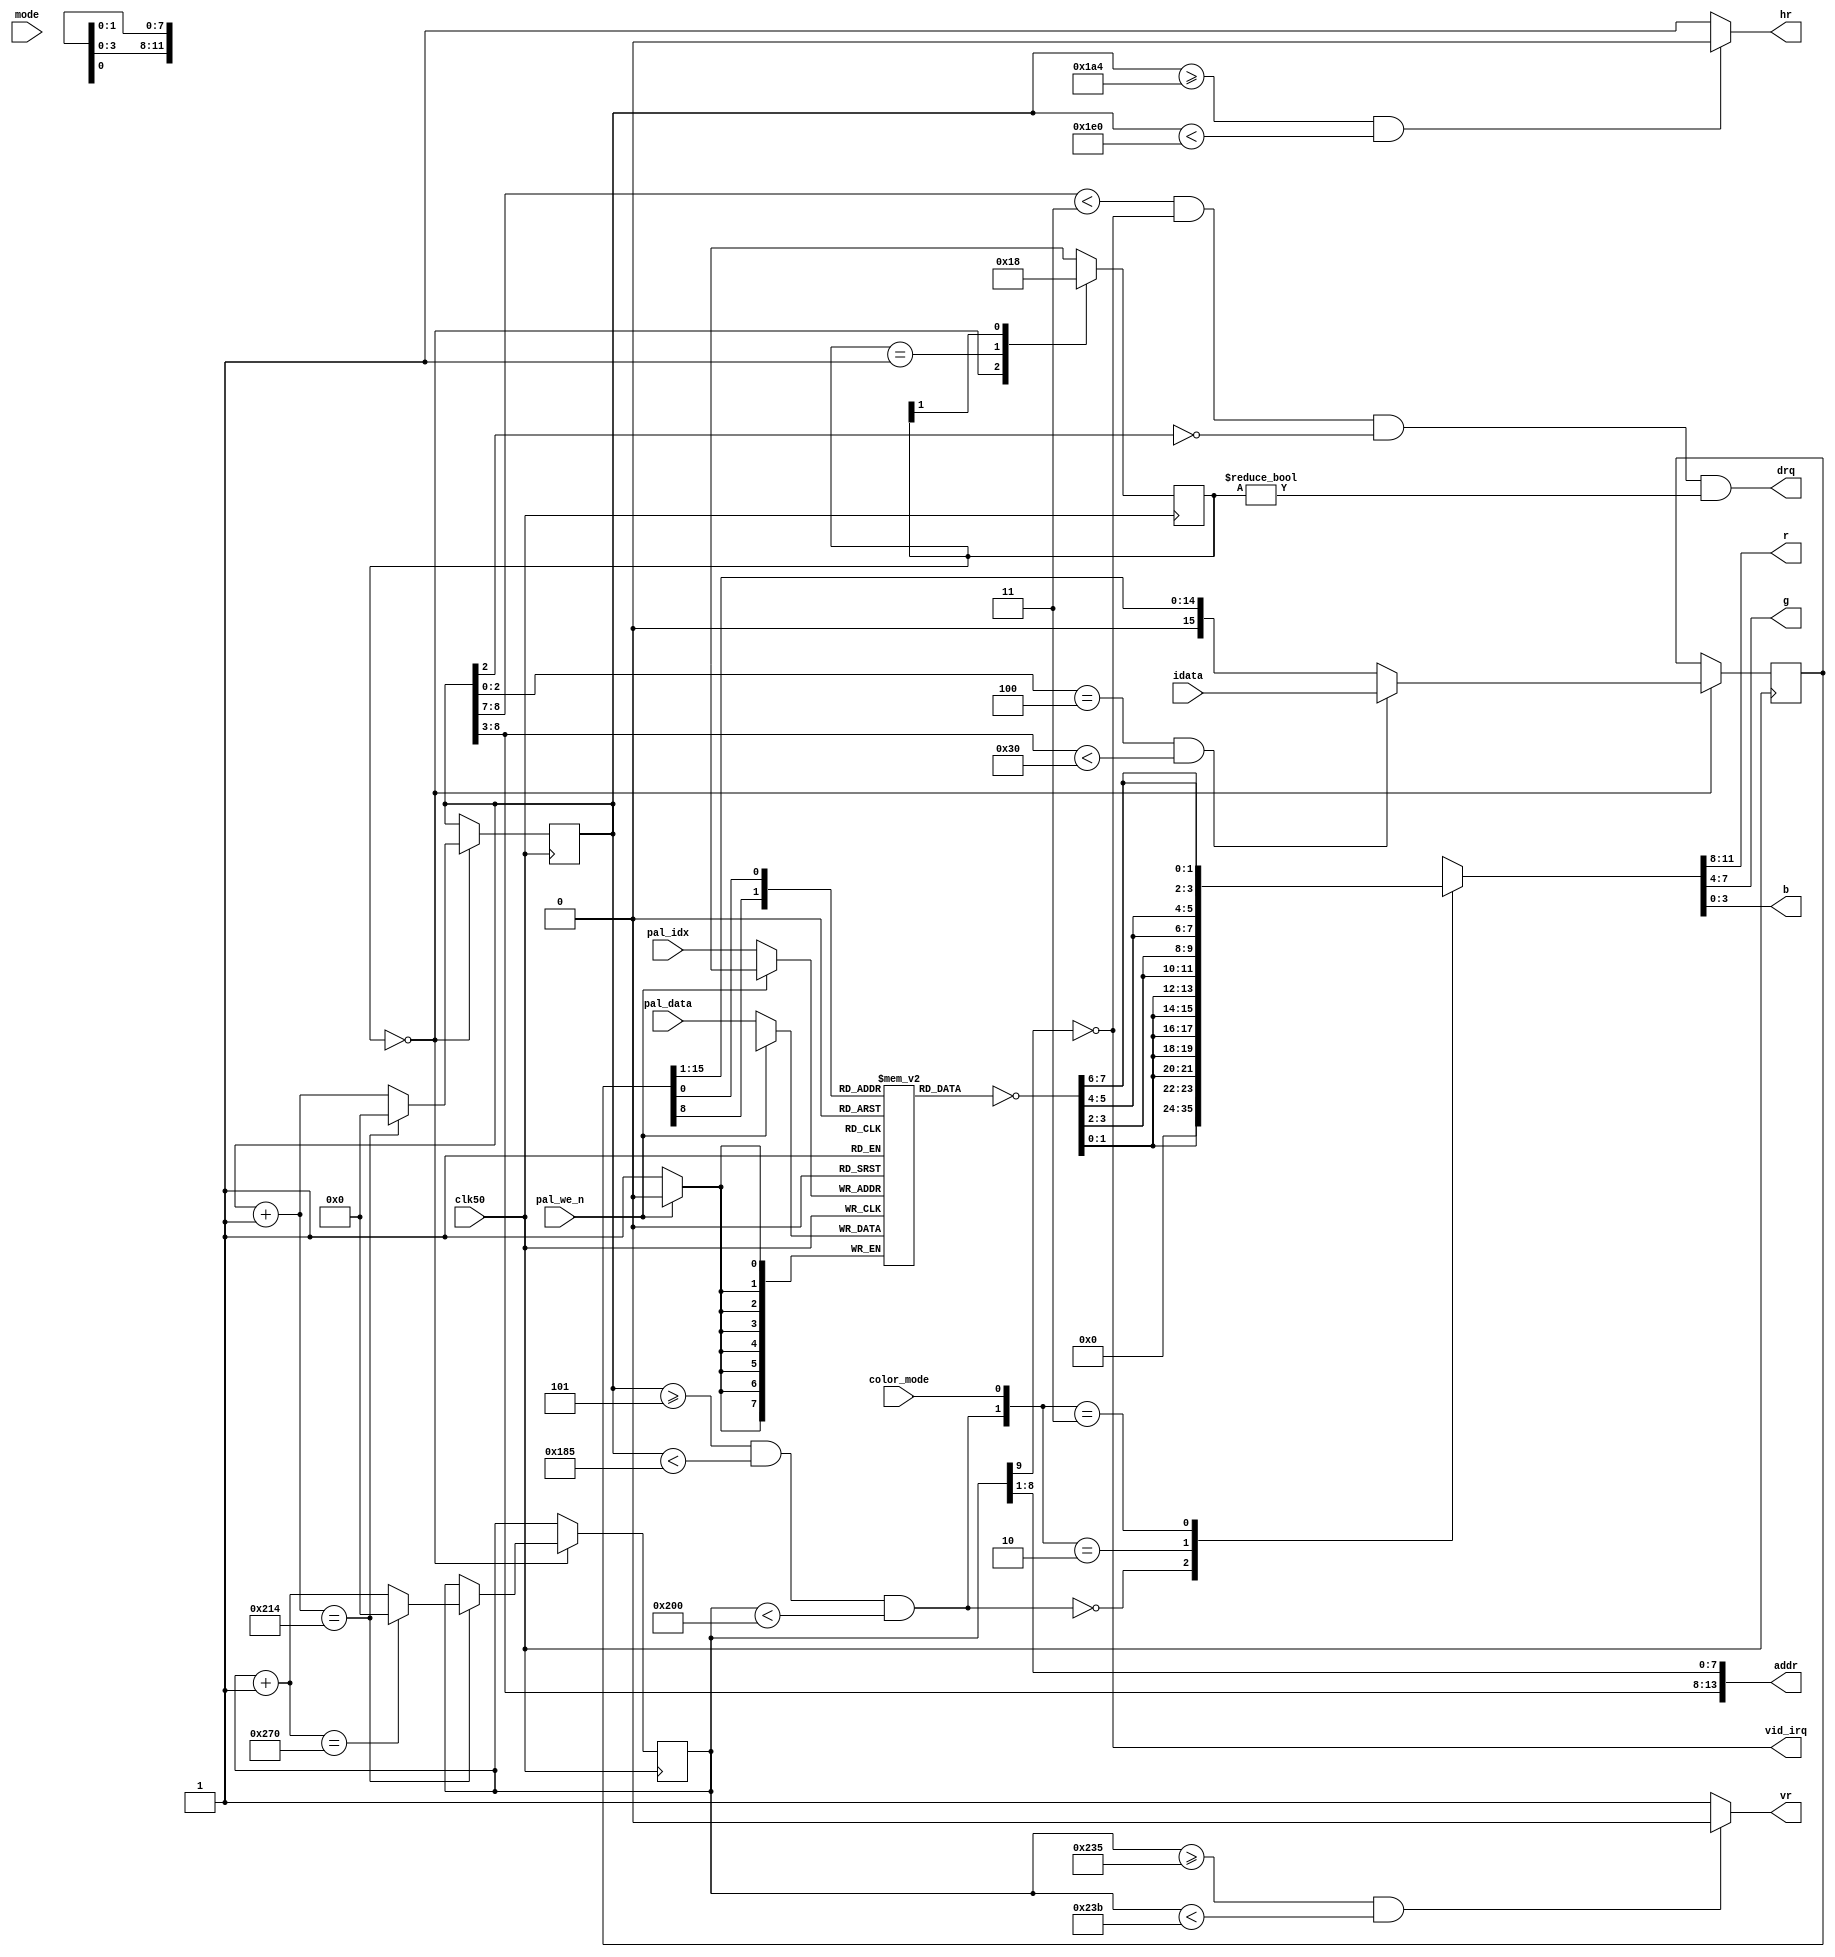
module b2m_video(
	input clk50,
	output reg hr,
	output reg vr,
	output reg vid_irq,
	output reg[3:0] r,
	output reg[3:0] g,
	output reg[3:0] b,
	output reg drq,
	output reg[13:0] addr,
	input[15:0] idata,
	input[1:0] pal_idx,
	input[7:0] pal_data,
	input pal_we_n,
	input color_mode,
	input mode);
reg[7:0] palette[0:3];
reg[7:0] pclr;
reg vout;
always @(*)
	casex ({vout,color_mode})
	2'b0x: {r,g,b} = {4'b0000,4'b0000,4'b0000};
	2'b10: {r,g,b} = {{2{pclr[1:0]}},{2{pclr[1:0]}},{2{pclr[1:0]}}};
	2'b11: {r,g,b} = {{2{pclr[3:2]}},{2{pclr[5:4]}},{2{pclr[7:6]}}};
	endcase
always @(*) begin
		pclr = ~palette[{data0[8],data0[0]}];
		hr = h_cnt0 >= 10'd420 && h_cnt0 < 10'd480 ? 1'b0 : 1'b1;
		vr = v_cnt0 >= 10'd565 && v_cnt0 < 10'd571 ? 1'b0 : 1'b1;
		vout = h_cnt0 >= 10'd5 && h_cnt0 < 10'd389 && v_cnt0 < 10'd512;
		addr = {h_cnt0[8:3], v_cnt0[8:1]};
		drq = h_cnt0[8:7] < 2'b11 && v_cnt0[9]==0 && h_cnt0[2]==0 && state!=0;
		vid_irq = ~v_cnt0[9];
	end
reg[1:0] state;
reg[9:0] h_cnt0;
reg[9:0] v_cnt0;
reg[15:0] data0;
reg[9:0] h_cnt1;
reg[9:0] v_cnt1;
reg[15:0] data1;
reg[13:0] addr1;
reg drq1;
reg irq1;
always @(posedge clk50)
begin
	casex (state)
	2'b00: state <= 2'b01;
	2'b01: state <= 2'b10;
	2'b1x: state <= 2'b00;
	endcase
	if (state==2'b00) begin
		if (h_cnt0[2:0]==3'b100 && h_cnt0[8:3]<6'h30) data0 <= idata; else data0 <= {1'b0,data0[15:1]};
		if (h_cnt0+1'b1 == 10'd532) begin
			h_cnt0 <= 0;
			if (v_cnt0+1'b1 == 10'd624 )
				v_cnt0 <= 0;
			else
				v_cnt0 <= v_cnt0+1'b1;
		end else
			h_cnt0 <= h_cnt0+1'b1;
	end
	if (!pal_we_n) palette[pal_idx] <= pal_data;
	addr1 <= {h_cnt1[8:3], v_cnt1[8:1]};
	drq1 <= h_cnt1[8:7] < 2'b11 && v_cnt1[9]==0 && h_cnt1[2]==0;
	irq1 <= ~v_cnt1[9];
end
endmodule